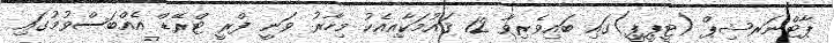
ޕާޓްނަރޝިޕް (ޓީޕީޕީ)ގައި ބައިވެރިވާ 12 ޤައުމަކާއިއެކު މިހާރު ވަނީ ފްރީ ޓްރޭޑް އެއްބަސްވުމުގައި